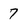
Character: 7